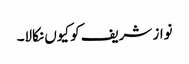
نواز شریف کو کیوں نکالا۔